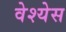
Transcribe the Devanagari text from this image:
वेश्येस